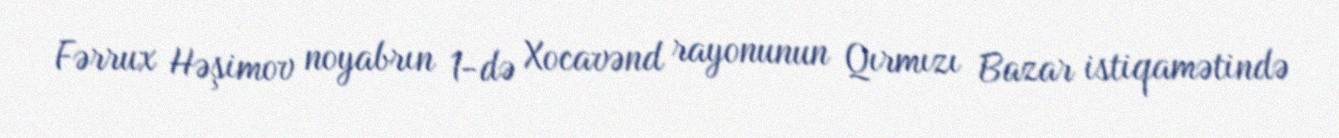
Fərrux Həşimov noyabrın 1-də Xocavənd rayonunun Qırmızı Bazar istiqamətində